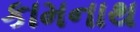
કામનાથ